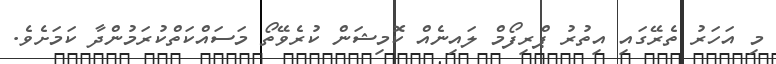
މި އަހަރު ތެރޭގައި އިތުރު ޕްރިފޯމް ލައިނެއް ކޮމިޝަން ކުރެވޭތޯ މަސައްކަތްކުރަމުންދާ ކަމަށެވެ.